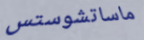
ماساتشوستس